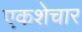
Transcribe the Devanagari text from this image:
एकशेचार